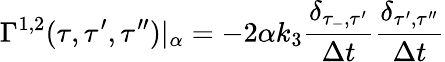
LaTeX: \Gamma^{1,2}(\tau,\tau^{\prime},\tau^{\prime\prime})|_{\alpha}=-2\alpha k_{3}\frac{\delta_{\tau_{-},\tau^{\prime}}}{\Delta t}\frac{\delta_{\tau^{\prime},\tau^{\prime\prime}}}{\Delta t}